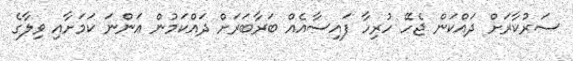
ސަރުކާރަށް ދައްކަން ޖެހޭ ހުރިހާ ފައިސާއެއް ބަރާބަރަށް ދައްކަމުން އަންނަ ކަމަށާއި ވިލާގެ